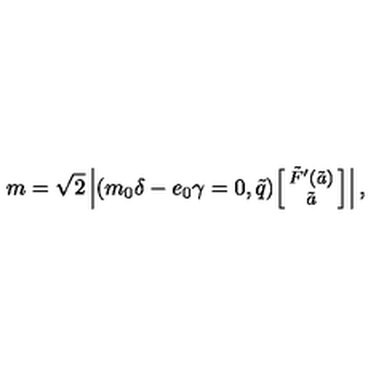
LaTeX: m = \sqrt { 2 } \left| ( m _ { 0 } \delta - e _ { 0 } \gamma = 0 , \tilde { q } ) { \footnotesize \left[ \! \! \begin{array} { c } { \tilde { F } ^ { \prime } ( \tilde { a } ) } \\ { \tilde { a } } \\ \end{array} \! \! \right] } \right| ,